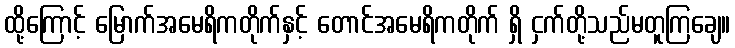
ထို့ကြောင့် မြောက်အမေရိကတိုက်နှင့် တောင်အမေရိကတိုက် ရှိ ငှက်တို့သည်မတူကြချေ။